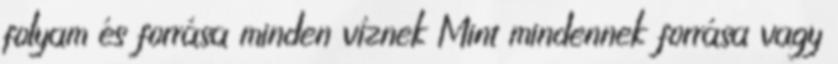
folyam és forrása minden víznek Mint mindennek forrása vagy